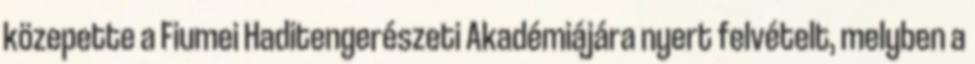
közepette a Fiumei Haditengerészeti Akadémiájára nyert felvételt, melyben a